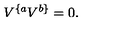
V ^ { \{ a } V ^ { b \} } = 0 .